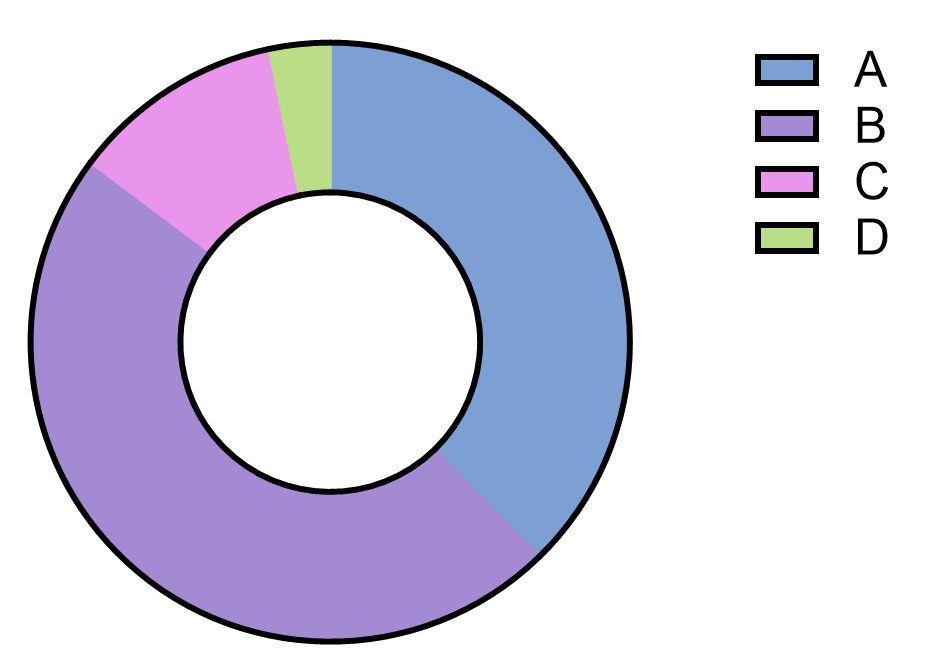
graphpad,parts of whole, donut